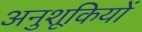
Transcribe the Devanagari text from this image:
अनुशूकियों